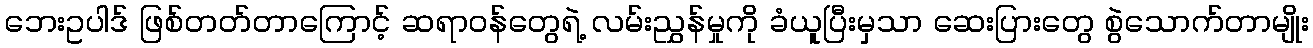
ဘေးဥပါဒ် ဖြစ်တတ်တာကြောင့် ဆရာဝန်တွေရဲ့ လမ်းညွှန်မှုကို ခံယူပြီးမှသာ ဆေးပြားတွေ စွဲသောက်တာမျိုး